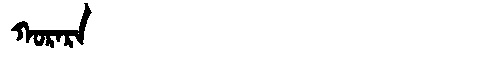
Manchu: ᡴᠣᡵᠠᡵᠠ
Romanization: KORARA